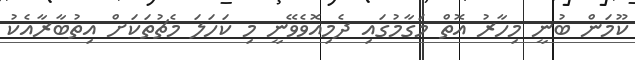
ކޫމަން ބުނީ މިހާރު އޮތް މަގާމުގައި ދެމިއޮވެވޭނީ މި ކަހަލަ މެޗުތަކަށް އިތުބާރާއެކު